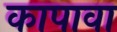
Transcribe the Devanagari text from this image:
कापावा